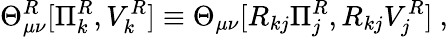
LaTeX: \Theta_{\mu\nu}^{R}[\Pi_{k}^{R},V_{k}^{R}]\equiv\Theta_{\mu\nu}[R_{kj}\Pi_{j}^{R},R_{kj}V_{j}^{R}]~,